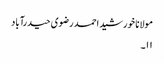
مولانا خورشید احمد رضوی حیدرآباد
۱۱۔